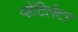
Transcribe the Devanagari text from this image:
व्हेंटिलेटर